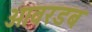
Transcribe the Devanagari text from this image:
ओवरडब